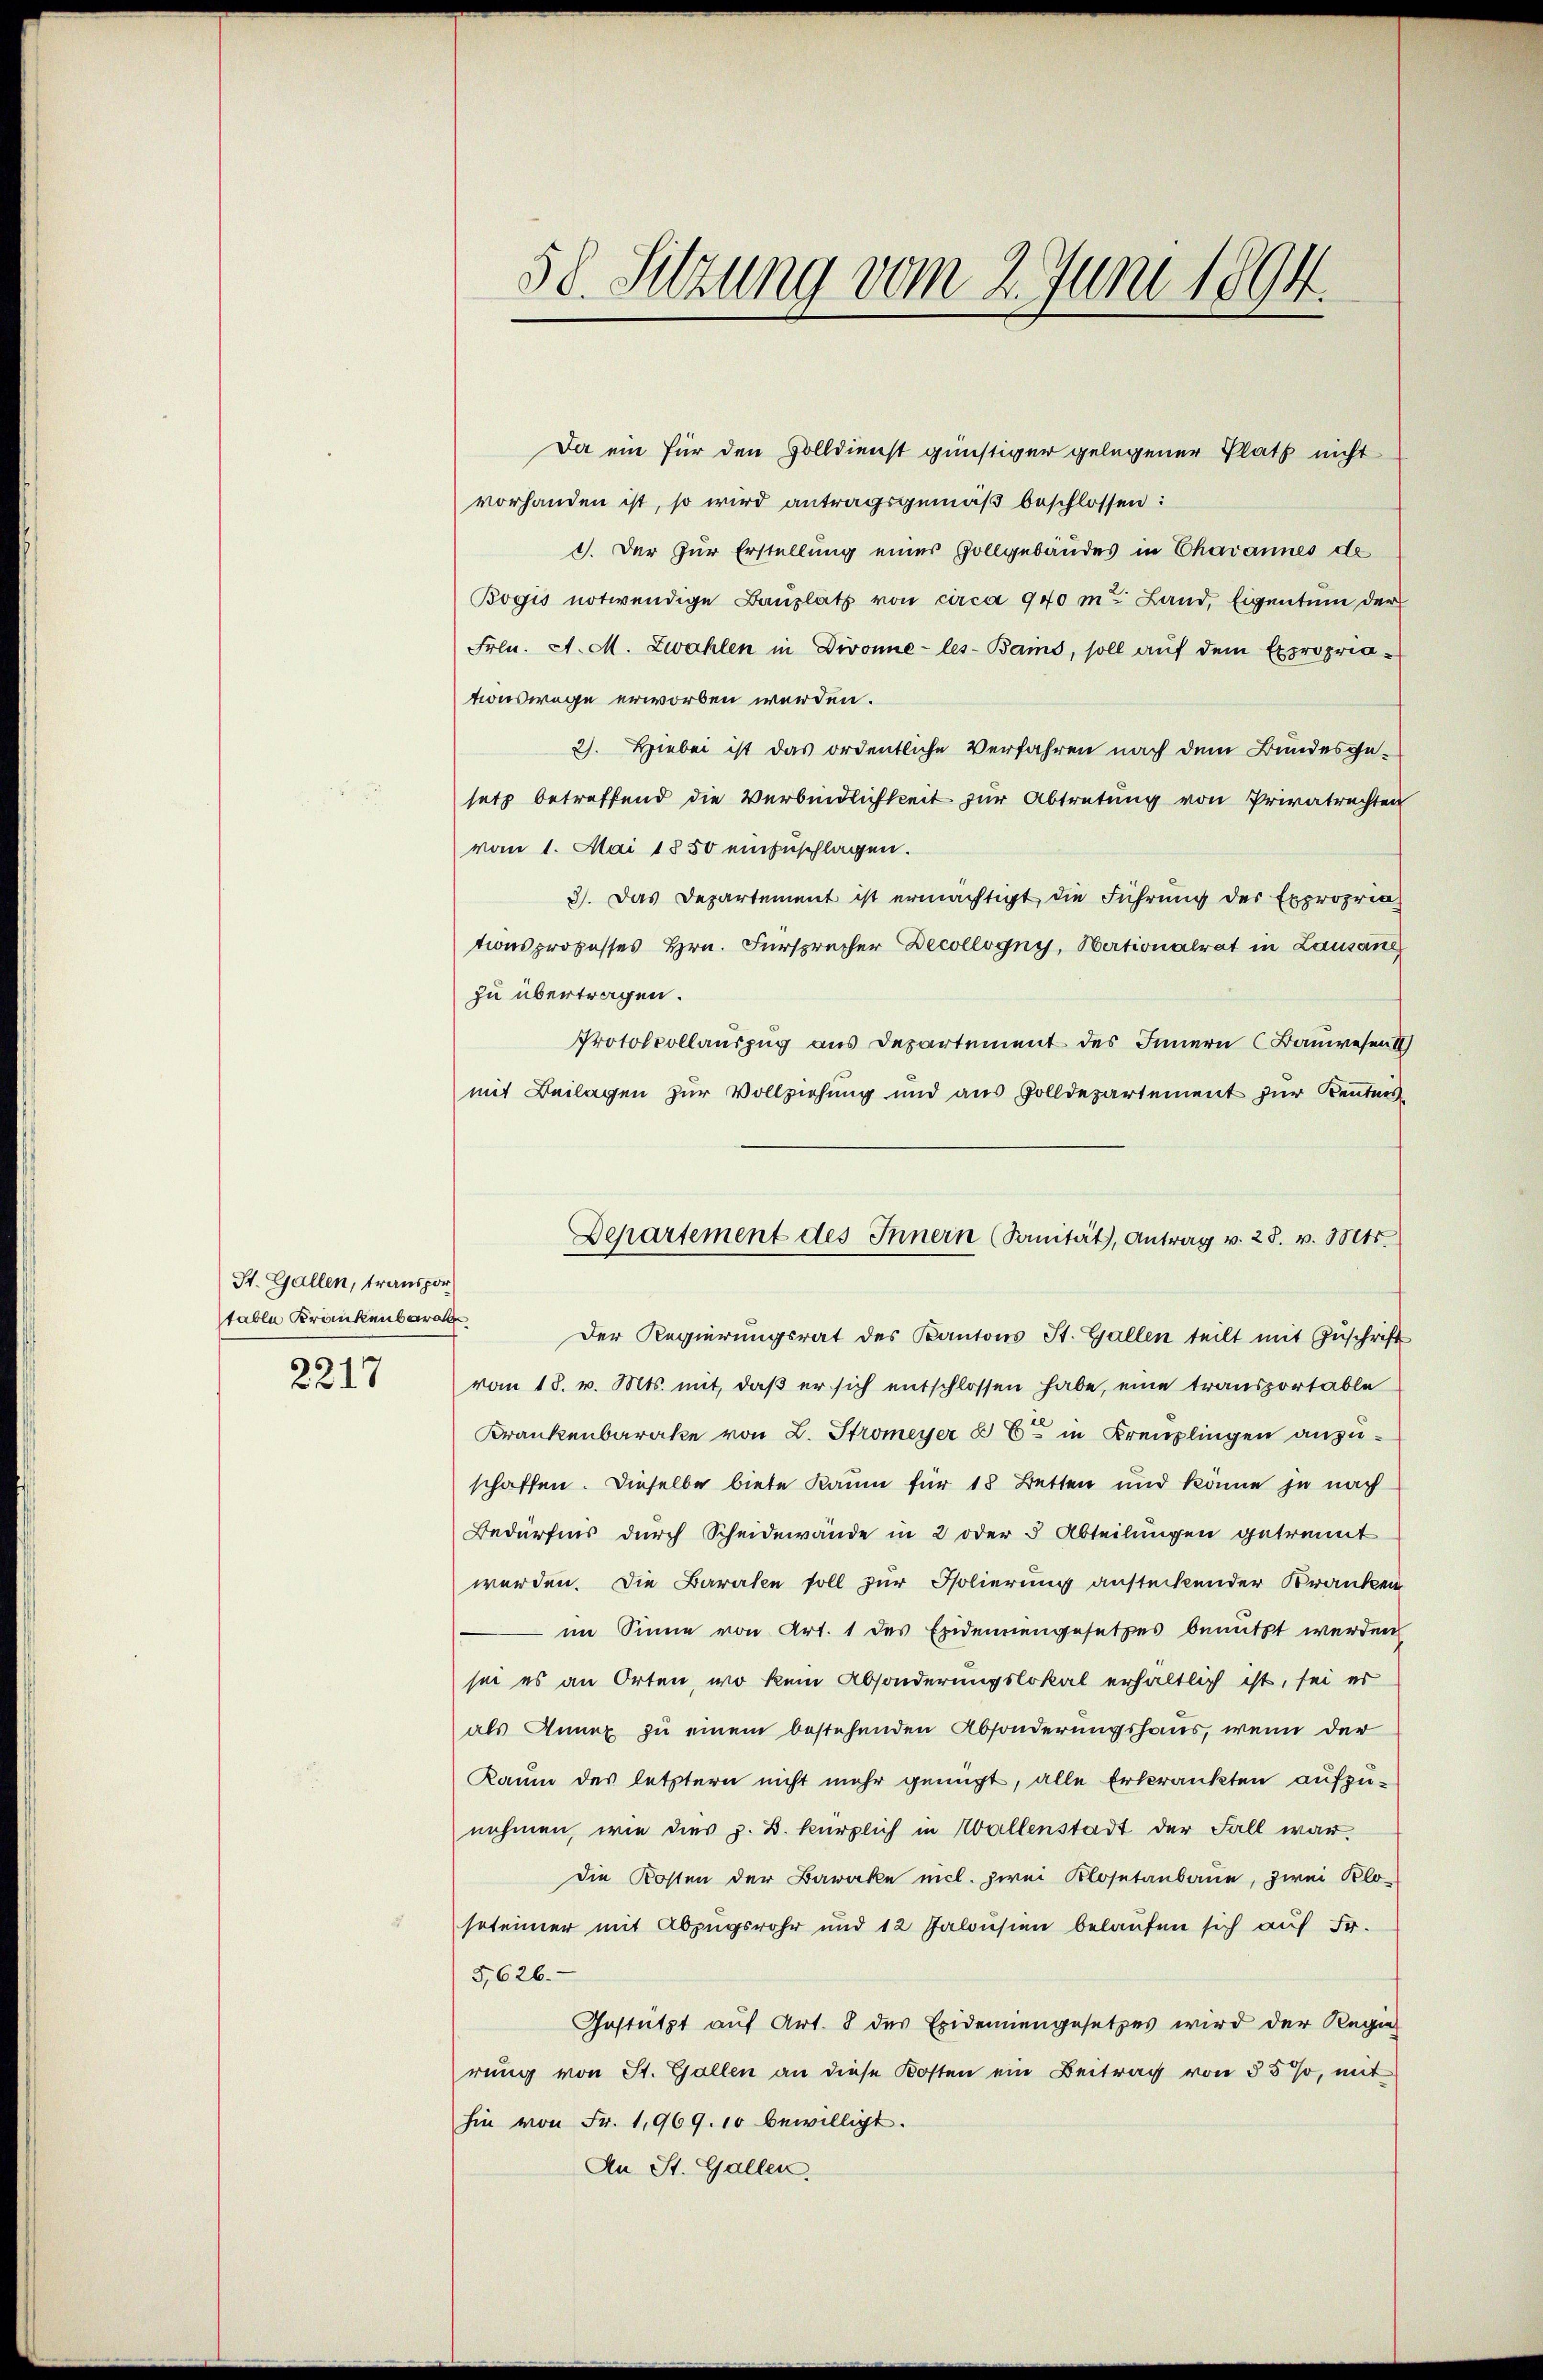
St. Gallen, transpor
table Krankenbara
2217

58. Sitzung vom 2. Juni 1894.

Ja ein für den Volldienst günstiger gelegener Platt nicht
vorhanden ist, so wird antragsgemäß beschlossen:
1. Der zur Erstellung einer Vollgebäudes in Chavannes de
Bogis notwendige Baŭplatz von circa 940 m Land, Eigentum der
Frln. A. M. Zwahlen in Divonne-les-Bains, soll auf dem Expropria-
tionswege erworben werden.
2). Hiebei ist das ordentliche Verfahren nach dem Bundesgesetz betreffend die Verbindlichkeit für Abtretung von Privatrechten
vom 1. Mai 1850 einzuschlagen.
3). Das Departement ist ermächtigt die Führung des Expropria
tions proposses Hrn. Fürsprecher Decollogny, Hertionalrat in Lausang
zu übertragen.
Protokollauszug aus Departement des Innern (Bauwesen I
mit Beilagen zur Vollziehung und aus Zolldepartement zur Kentnes¬
Der Regierungsrat des Kantons St. Gallen teilt mit Zuschrift
vom 18. v. Mts. mit, daß er sich entschlossen habe, eine transportable
Krankenbarke von L. Stromeyer  Er in Kreuzlingen anzuschaffen. Dieselbe biete kaum für 18 Betten und könne je nach
Bedürfnis durch Scheidewände in 2 oder 5 Abteilungen getrennt
werden. Die Barasen soll zur Isolierung ansteckender Kranken
im Sinne von Art. 1 des Exidenengesetzes benutzt werden
sei es an Orten, wo kein Absonderungslokal erhältlich ist, sei er
als Annex zu einem bestehenden Absonderungshaus, wenn der
Raum des letztern nicht mehr genügt, alle Erkrankten aufzunehmen, wie dies z. B. kürzlich in Wallenstadt der Fall war,
die Kosten der Barake mich zwei Klosetanbaue, zwei Kloseteimer mit Abzugsrohr und 12 Jalousien belaufen sich auf Fr.
5,626.
Gestützt auf Art. 8 des Epidemiengesetzes wird der Regier
rung von St. Gallen an diese Kosten ein Beitrag von 55 %, mit
hin von Fr. 1,969. 10 bewilligt.
An St. Gallen.

Departement des Innern (Sanität, Antrag v. 28. v. Mts.